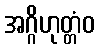
အဂ္ဂိဟုတ္တံဝ